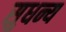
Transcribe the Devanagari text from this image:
सुधन्य